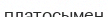
платосымен